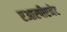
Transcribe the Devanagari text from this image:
एआरपीएनेट